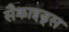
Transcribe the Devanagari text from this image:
सैक्राइड्स